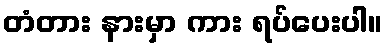
တံတား နားမှာ ကား ရပ်ပေးပါ။